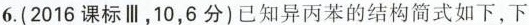
6. (2016课标Ⅲ，10，6分)已知异丙苯的结构简式如下，下